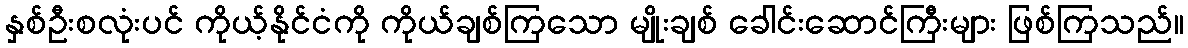
နှစ်ဦးစလုံးပင် ကိုယ့်နိုင်ငံကို ကိုယ်ချစ်ကြသော မျိုးချစ် ခေါင်းဆောင်ကြီးများ ဖြစ်ကြသည်။